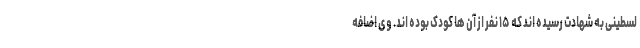
لسطینی به شهادت رسیده اند که ۱۵ نفر از آن ها کودک بوده اند. وی اضافه